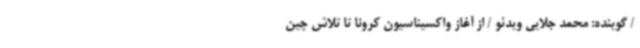
/ گوینده: محمد جلایی ویدئو / از آغاز واکسیناسیون کرونا تا تلاش چین